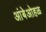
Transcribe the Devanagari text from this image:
आंबेओहळ